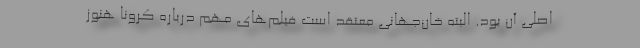
اصلی آن بود. البته خان‌جهانی معتقد است فیلم‌های مهم درباره کرونا هنوز